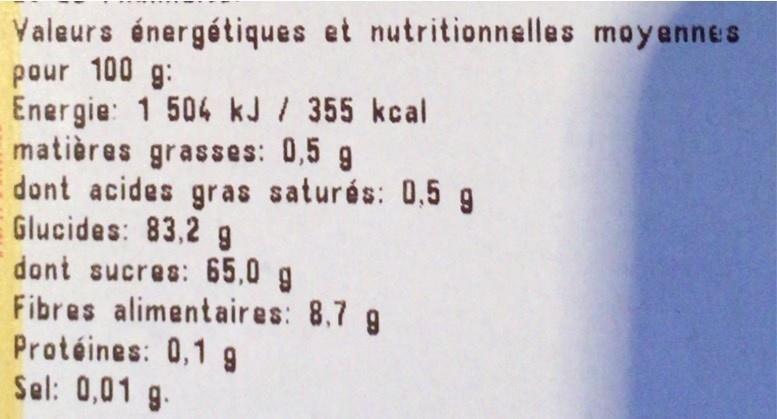
Valeurs énergétiques et nutritionnelles moyennes pour 100 g: Energie: 1 504 kJ / 355 kcal matières grasses: 0,5 g dont acides gras saturés: 0,5 g Glucides: 83,2 g dont sucres: 65,0 g Fibres alimentaires: 8.7 g Protéines: 0,1 9 Sel: 0,01 g.